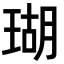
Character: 瑚